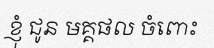
ខ្ញុំ ជូន មគ្គផល ចំពោះ